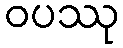
ဝပဿု